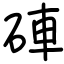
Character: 硨